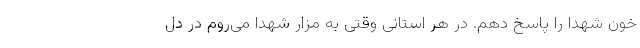
خون شهدا را پاسخ دهم. در هر استانی وقتی به مزار شهدا می‌روم در دل